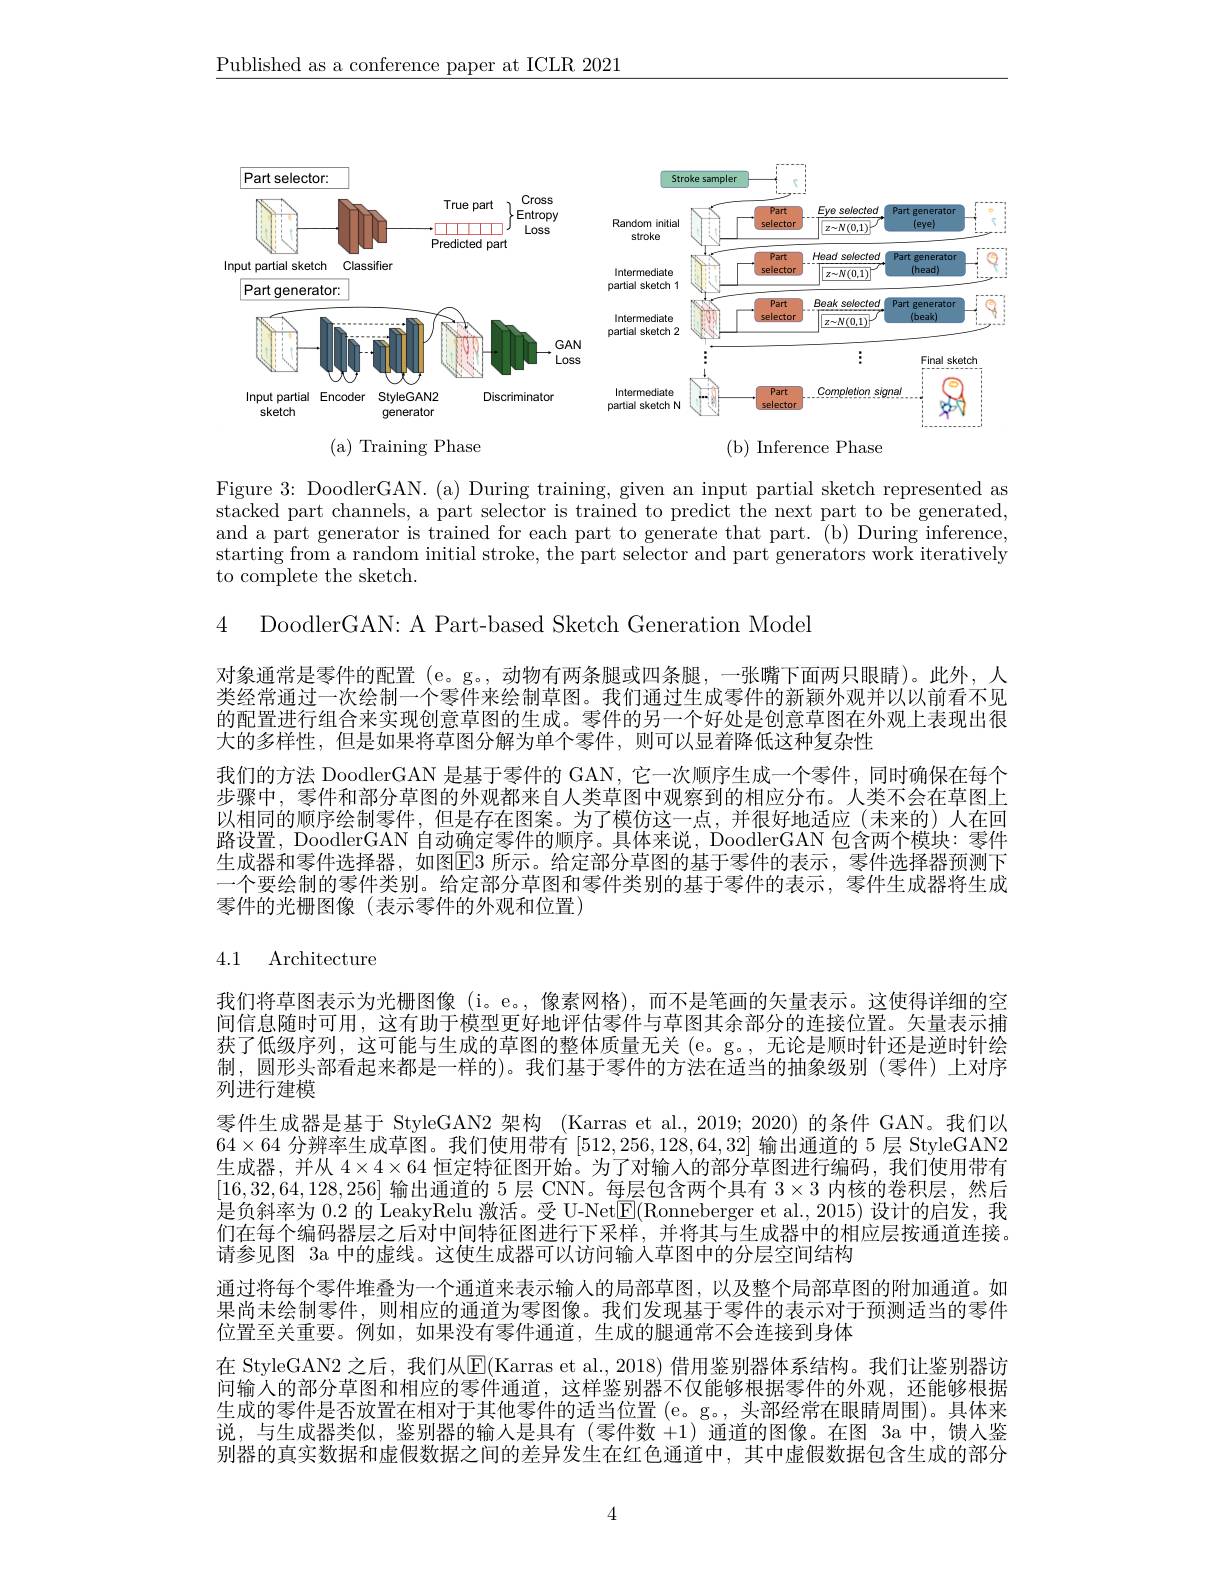
$\underline{\text{Published as a conference paper at ICLR 2021}}$

<FigureHere>

Figure 3: DoodlerGAN. (a) During training, given an input partial sketch represented as stacked part channels, a part selector is trained to predict the next part to be generated, and a part generator is trained for each part to generate that part. (b) During inference, starting from a random initial stroke, the part selector and part generators work iteratively to complete the sketch.

4 DoodlerGAN: A Part-based Sketch Generation Model

对象通常是零件的配置 (e。g。, 动物有两条腿或四条腿，一张嘴下面两只眼睛)。此外，人类经常通过一次绘制一个零件来绘制草图。我们通过生成零件的新颖外观并以以前看不见的配置进行组合来实现创意草图的生成。零件的另一个好处是创意草图在外观上表现出很大的多样性，但是如果将草图分解为单个零件，则可以显着降低这种复杂性
我们的方法 DoodlerGAN 是基于零件的 GAN, 它一次顺序生成一个零件，同时确保在每个步骤中，零件和部分草图的外观都来自人类草图中观察到的相应分布。人类不会在草图上以相同的顺序绘制零件，但是存在图案。为了模仿这一点，并很好地适应(未来的)人在回路设置，DoodlerGAN 自动确定零件的顺序。具体来说，DoodlerGAN 包含两个模块：零件生成器和零件选择器，如图$\boxed{\mathrm{E}}3$ 所示。给定部分草图的基于零件的表示，零件选择器预测下一个要绘制的零件类别。给定部分草图和零件类别的基于零件的表示，零件生成器将生成零件的光栅图像(表示零件的外观和位置)

## 4.1 Architecture

我们将草图表示为光栅图像 (i。e。,像素网格),而不是笔画的矢量表示。这使得详细的空间信息随时可用，这有助于模型更好地评估零件与草图其余部分的连接位置。矢量表示捕获了低级序列，这可能与生成的草图的整体质量无关 (e。g。, 无论是顺时针还是逆时针绘制，圆形头部看起来都是一样的)。我们基于零件的方法在适当的抽象级别(搴件)上对序列进行建模
零件生成器是基于 StyleGAN2 架构 (Karras et al.,2019; 2020) 的条件 GAN。我们以$64\times64$分辨率生成草图。我们使用带有[512,256,128,64,32]输出通道的 5 层 StyleGAN2生成器，并从$4\times4\times64$恒定特征图开始。为了对输入的部分草图进行编码，我们使用带有[16,32,64,128,256]输出通道的 5 层 CNN。每层包含两个具有$3\times3$内核的卷积层，然后是负斜率为 0.2 的 LeakyRelu 激活。受 U-Net$\underline{\mathrm{E}}($Ronneberger et al., 2015) 设计的启发，我们在每个编码器层之后对中间特征图进行下采样，并将其与生成器中的相应层按通道连接。请参见图 3a 中的虚线。这使生成器可以访问输入草图中的分层空间结构
通过将每个零件堆叠为一个通道来表示输人的局部草图，以及整个局部草图的附加通道。如果尚未绘制零件，则相应的通道为零图像。我们发现基于零件的表示对于预测适当的零件位置至关重要。例如，如果没有零件通道，生成的腿通常不会连接到身体
在 StyleGAN2 之后，我们从$\boxed{\mathrm{E}}($Karras et al., 2018) 借用鉴别器体系结构。我们让鉴别器访问输人的部分草图和相应的零件通道，这样鉴别器不仅能够根据零件的外观，还能够根据生成的零件是否放置在相对于其他零件的适当位置(e。g。,头部经常在眼睛周围)。具体来说，与生成器类似，鉴别器的输入是具有(零件数+1)通道的图像。在图 3a 中，馈人鉴别器的真实数据和虚假数据之间的差异发生在红色通道中，其中虚假数据包含生成的部分

4